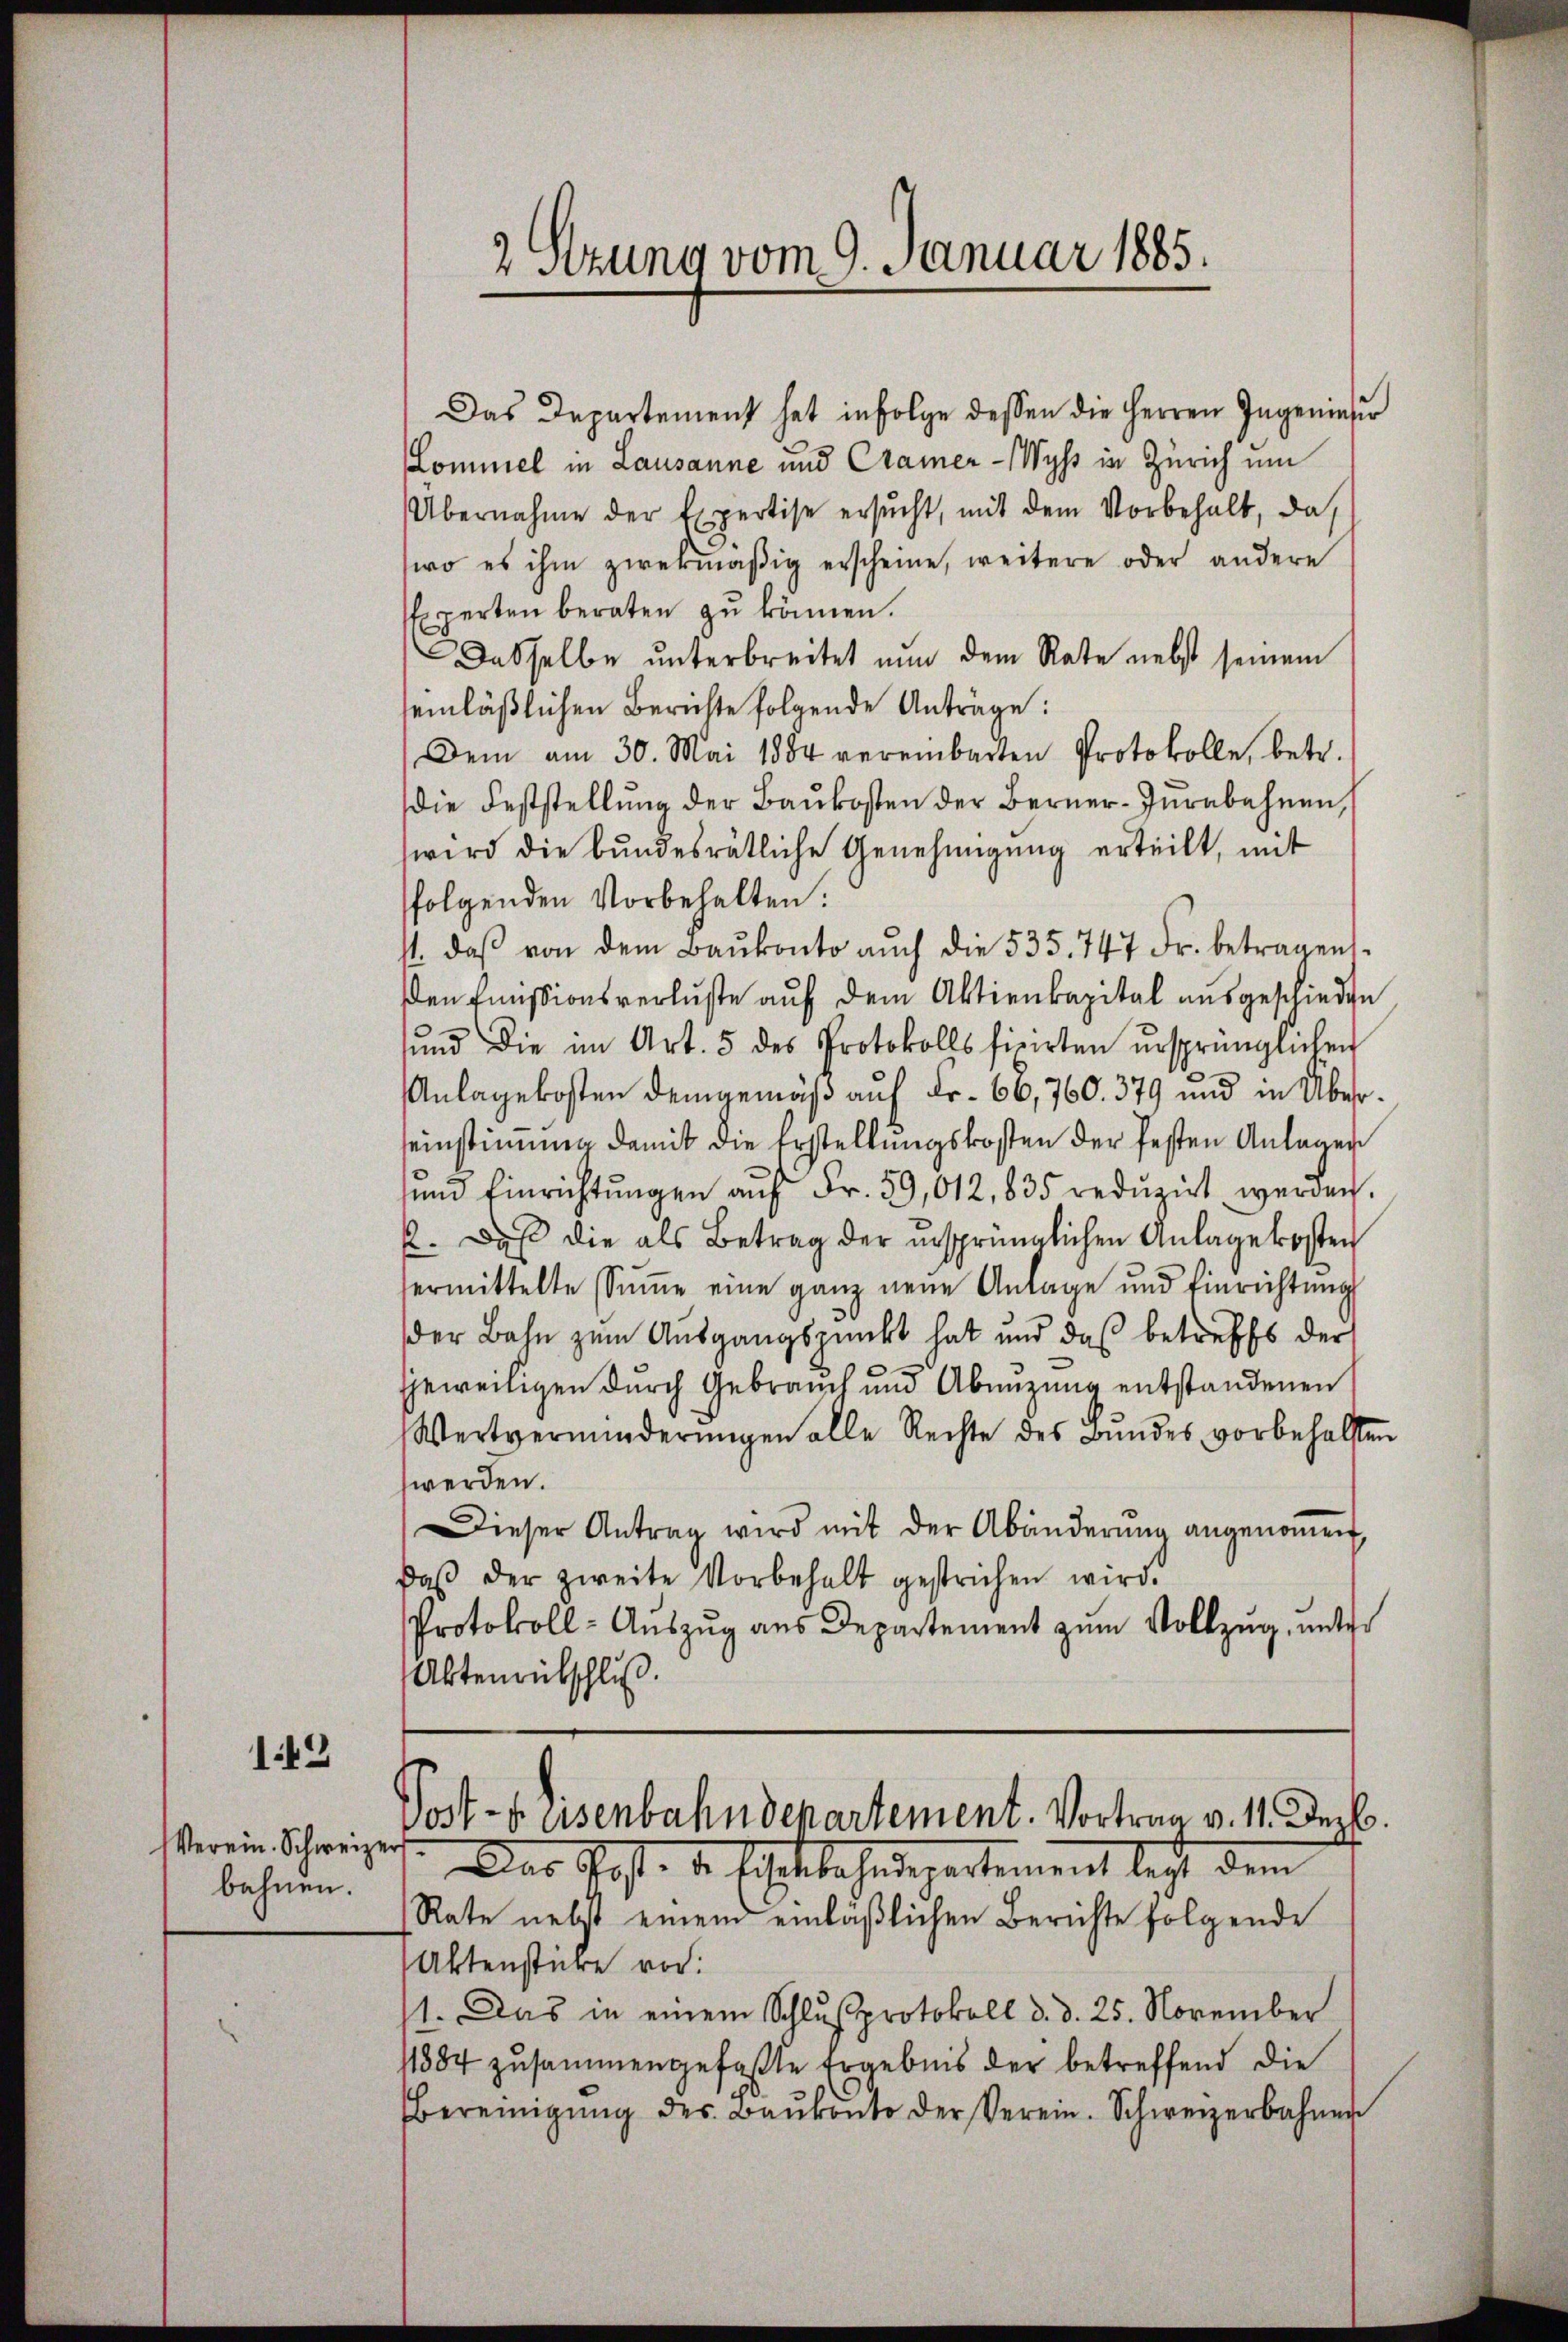
143

Verein. Schweizer
bahnen.

Das Departement hat infolge dessen die Herren Ingeniefer
Lommel in Lausanne und Cramer-Wyss in Zürich um
Übernahme der Expertise ersŭcht, mit dem Vorbehalt, das
wo es ihm zwekmäβig erscheine, weitere oder andere
perten beraten zu können.
Dasselbe ŭnterbreitet nun dem Rate nebst seinem
einläßlichen Berichte folgende Anträge:
Dem am 30. Mai 1884 vereinbarten Protokolle, betr.
die Feststellŭng der Baŭkosten der Berner-Zŭrebahnen,
wird die bŭndesrätliche Genehmigŭng erteilt, mit
folgenden Vorbehalten:
11. daβ von dem Baŭkonto aŭch die 535. 747 Fr. betragen.
den Emissionsverluste auf dem Aktienkapital ausgeschieden
und die im Art. 5 des Protokolls firirten ursprünglichen
Anlagekosten demgemäß auf Fr. 66,760. 379 und in Übereinstimme damit die Erstellungskosten der festen Anlagen
und Einrichtŭngen aŭf Fr. 29,012, 835 redŭzirt werden.
k. Daß die als Betrag der insprünglichen Anlage kosten
ermittelte Sŭṁe eine ganz neue Anlage und Einrichtŭng
der Bahn zum Ausgangspunkt hat und das betreffs der
jeweiligen durch Gebrauch und Abenzung entstandenen
Wertverminderŭngen alle Rechte des Bŭndes vorbehalten
werden.
Dieser Antrag wird mit der Abänderŭng angenoṁen.
daβ der zweite Vorbehalt gestrichen wird.
Protokoll- Aŭszŭg aŭs Departement zum Vollzug, unter
Aktenreitschluß.

2 Sitzung vom 9. Januar 1885.

Post - eisenbahndepartement. Vortrag v. 11. Dez.
Das Post- u. Schatbahndepartement legt dem

Rate nebst einem einläßlichen Berichte folgende
Aktenstücke vor:
1. Das in einem Schlußprotokoll d. d. 25. November
11884 zusammengefaßte Ergebnis der betreffend die
bereinigŭng des Baŭkonto der Verein. Schweizerbahnen